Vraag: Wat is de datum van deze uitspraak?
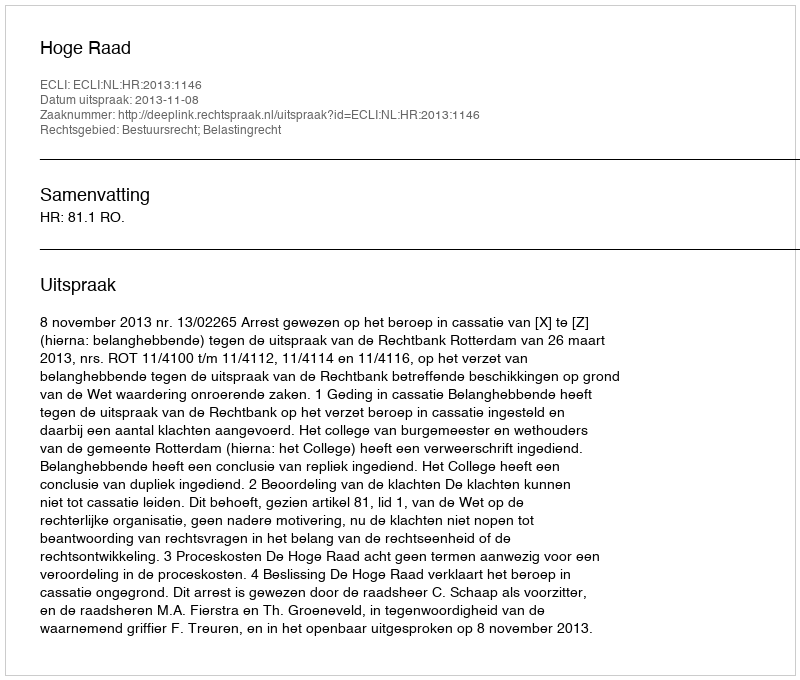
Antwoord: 2013-11-08